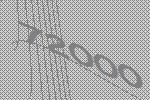
72000